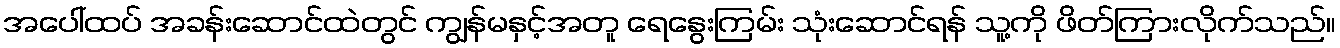
အပေါ်ထပ် အခန်းဆောင်ထဲတွင် ကျွန်မနှင့်အတူ ရေနွေးကြမ်း သုံးဆောင်ရန် သူ့ကို ဖိတ်ကြားလိုက်သည်။